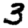
Digit: 3